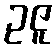
ဥဇူ